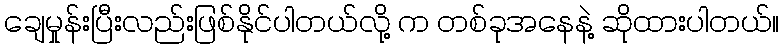
ချေမှုန်းပြီးလည်းဖြစ်နိုင်ပါတယ်လို့ က တစ်ခုအနေနဲ့ ဆိုထားပါတယ်။